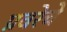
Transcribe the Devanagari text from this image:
प्रवरेचे